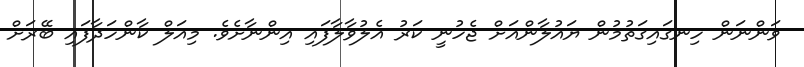
ވަންނަން ހިނގައިގަތުމުން ޔައުލާންއަށް ޖެހުނީ ކަރު އެލުވާލާފައި އިންނާށެވެ. މިއަލް ކާންހަދާފައި ބޭރަށް